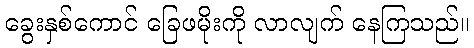
ခွေးနှစ်ကောင် ခြေဖမိုးကို လာလျက် နေကြသည်။